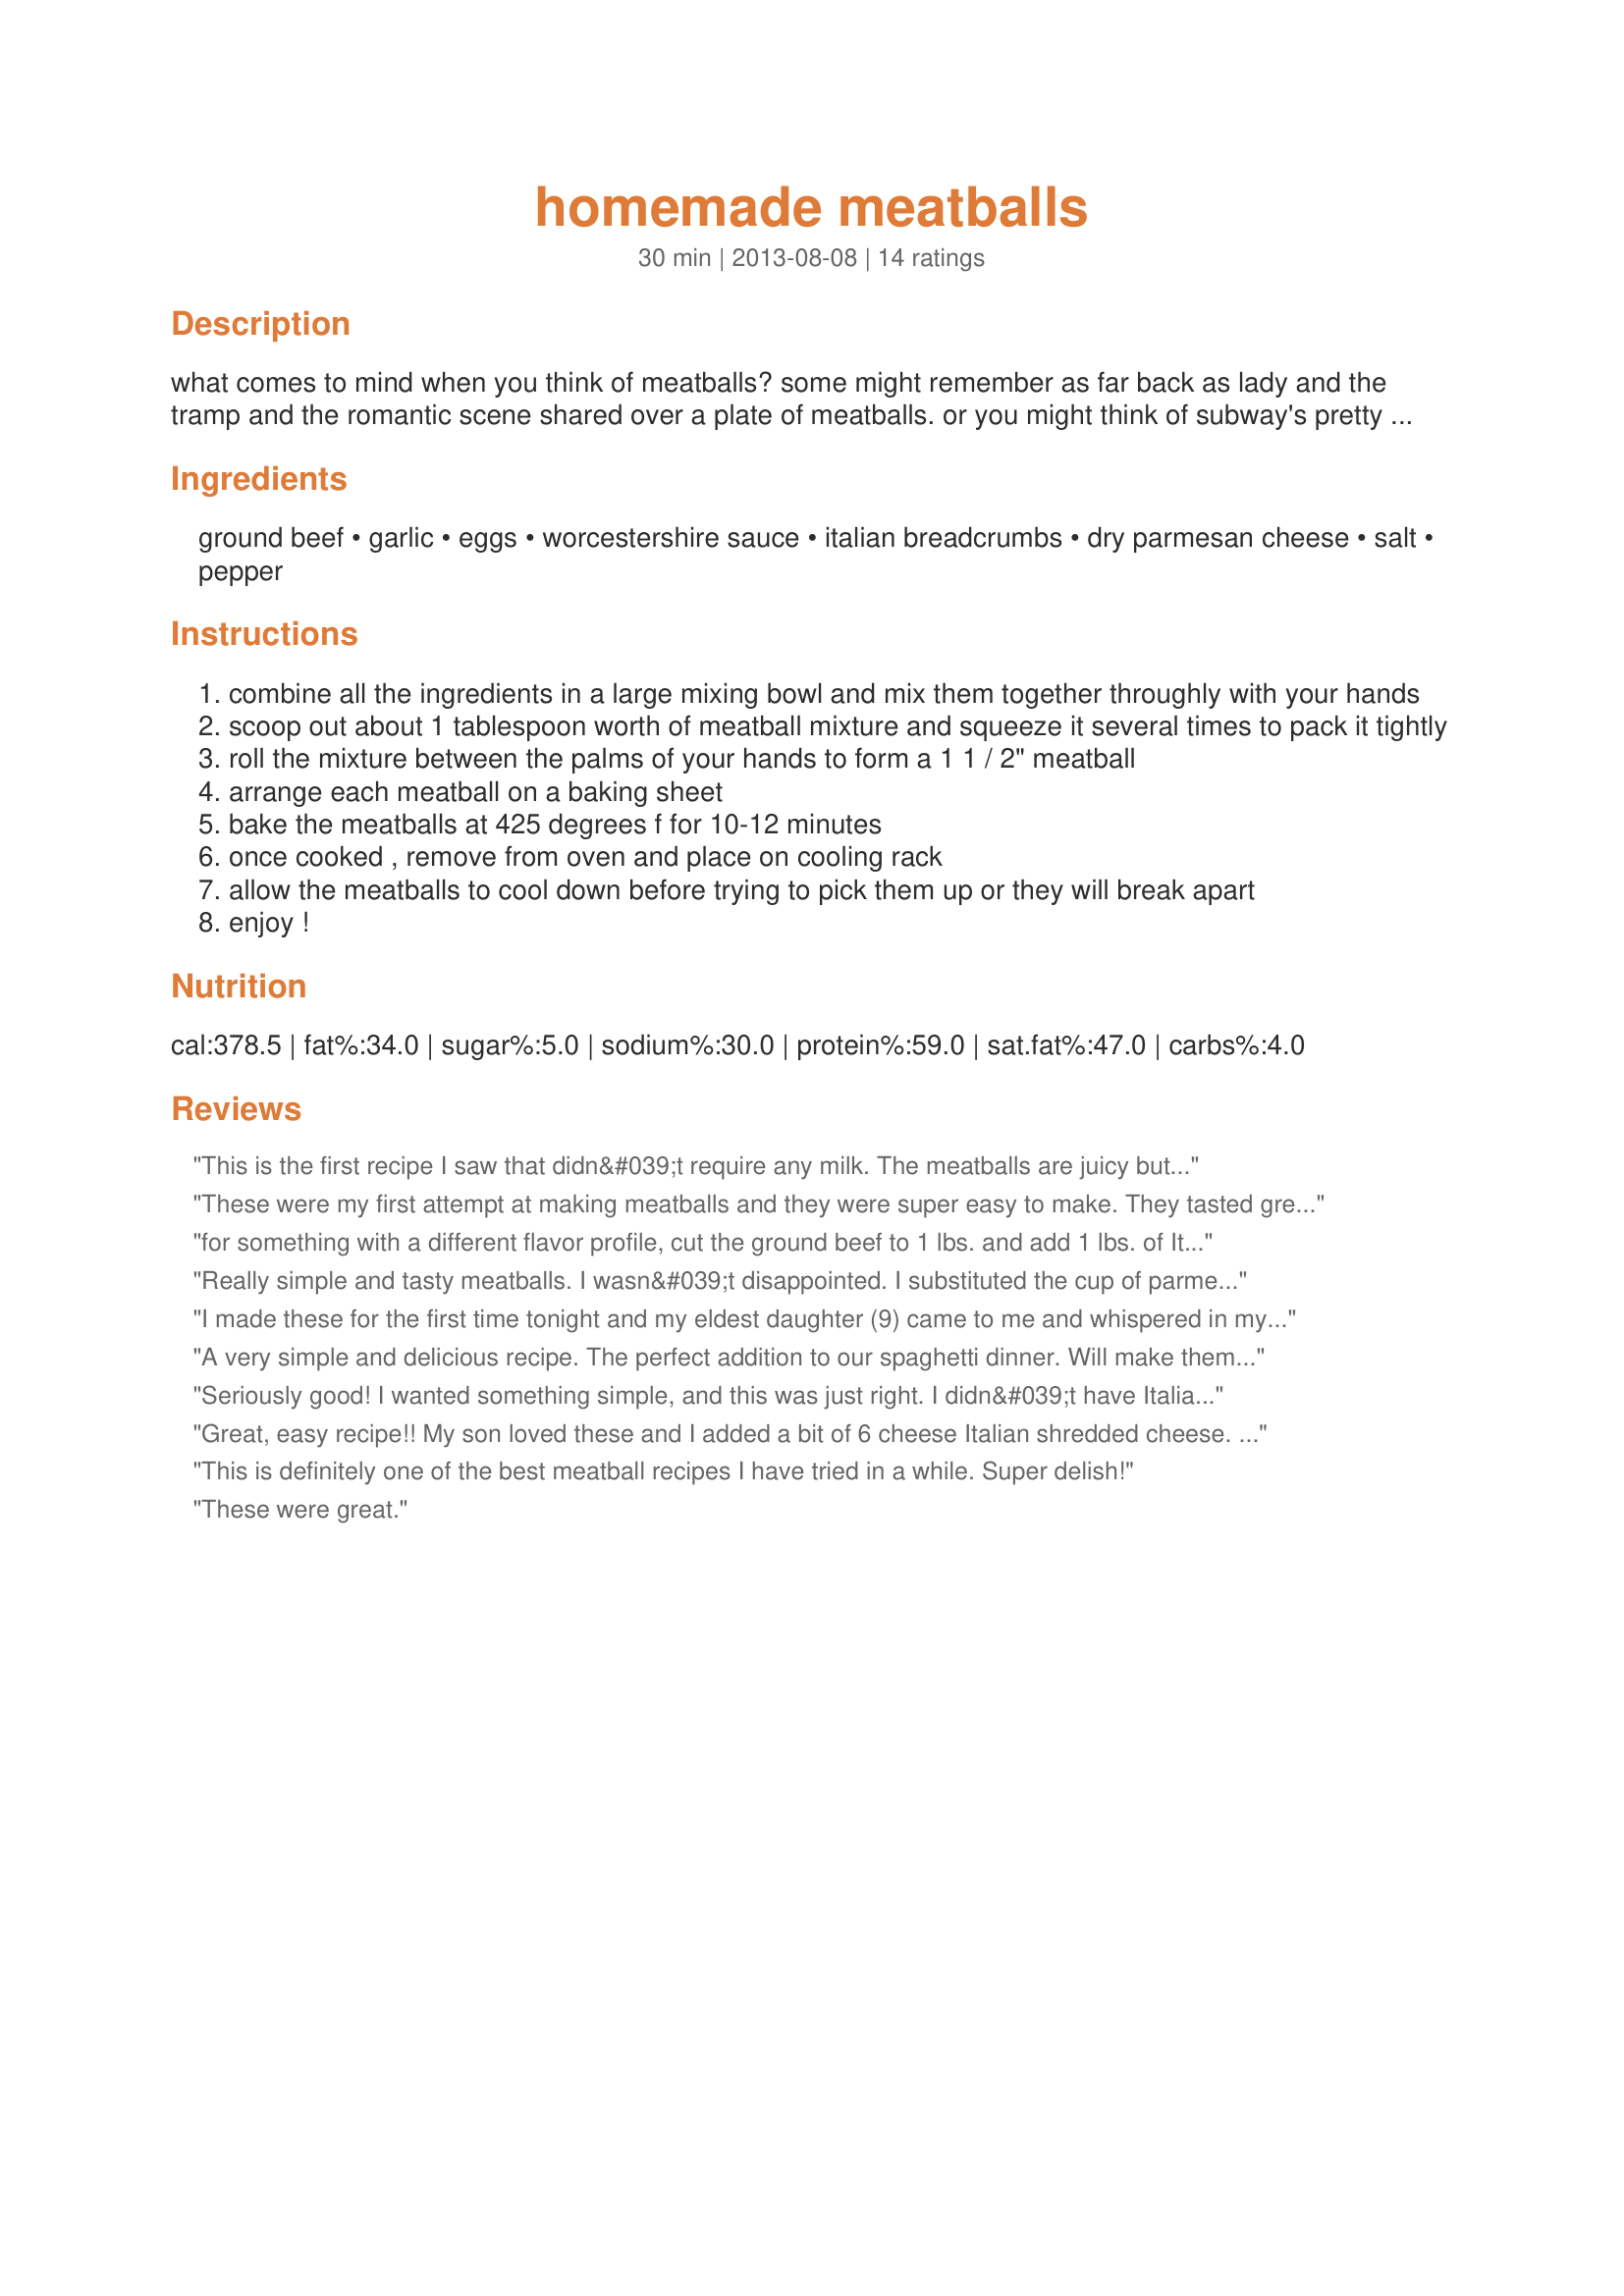
homemade meatballs
Preparation time: 30 minutes

what comes to mind when you think of meatballs? some might remember as far back as lady and the tramp and the romantic scene shared over a plate of meatballs. or you might think of subway's pretty decent meatball sub with marinara sauce. some might even think of trips to ikea and the inevitable plate of swedish meatballs that somehow go hand in hand with buying furniture.

Ingredients:
ground beef, garlic, eggs, worcestershire sauce, italian breadcrumbs, dry parmesan cheese, salt, pepper

Steps:
combine all the ingredients in a large mixing bowl and mix them together throughly with your hands
scoop out about 1 tablespoon worth of meatball mixture and squeeze it several times to pack it tightly
roll the mixture between the palms of your hands to form a 1 1 / 2" meatball
arrange each meatball on a baking sheet
bake the meatballs at 425 degrees f for 10-12 minutes
once cooked , remove from oven and place on cooling rack
allow the meatballs to cool down before trying to pick them up or they will break apart
enjoy !

Reviews:
This is the first recipe I saw that didn&#039;t require any milk. The meatballs are juicy but could use a little more seasoning.
These were my first attempt at making meatballs and they were super easy to make. They tasted great, and were not salty at all. Overall great recipe and great meatballs.
for something with a different flavor profile, cut the ground beef to 1 lbs. and add 1 lbs. of Italian sausage.
Really simple and tasty meatballs. I wasn&#039;t disappointed.
I substituted the cup of parmesian for 1/2 cup of each: parmesian and Romano.
I made these for the first time tonight and my eldest daughter (9) came to me and whispered in my ear &quot;Don&#039;t tell Mom but yYour meatballs taste way better than her&#039;s&quot;. Thank you for a great recipe that makes me look good.
A very simple and delicious recipe. The perfect addition to our spaghetti dinner. Will make them again.
Seriously good! I wanted something simple, and this was just right. I didn&#039;t have Italian breadcrumbs, so I used panko and Italian seasoning, and it was great. Definitely use more than a teaspoon of salt, since it doesn&#039;t specify an amount, and I used to little, but sprinkled some on top while they were still a bit oily from baking, and it was fine. I put the slightest bit of olive oil on the pan, and turned once during cooking, which I definitely recommend. Will make this again.
Great, easy recipe!! My son loved these and I added a bit of 6 cheese Italian shredded cheese. Will definitely use this again!!
This is definitely one of the best meatball recipes I have tried in a while. Super delish!
These were great.
These meatballs were excellent.
I can&#039;t cook but these turned out great! I didn&#039;t want that many so I cut the recipe in half and accidentally used a whole cup of bread crumbs so they were a little dry but they all got ate!! I&#039;ll definitely be making more! Thanks!!
Great and easy recipe. If you want to jazz them up, make a gravy from sauted onion, milk, coffee, and a bit of flour, a dash of nutmeg, salt and pepper. Then you have Swedish meatballs the way I was taught. : )
Great tasting recipe! Will definitely be using again!
